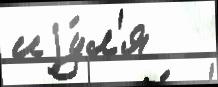
иjу́л'я